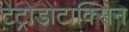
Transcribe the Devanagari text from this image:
टेट्रोडोटाक्सिन